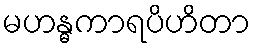
မဟန္ဓကာရပိဟိတာ